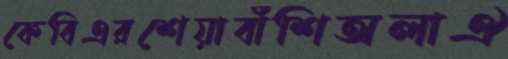
কেবিএরশেয়াবাঁশিঅলাঐ